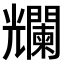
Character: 𠓖